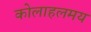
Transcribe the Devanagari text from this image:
कोलाहलमय